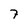
Character: 7